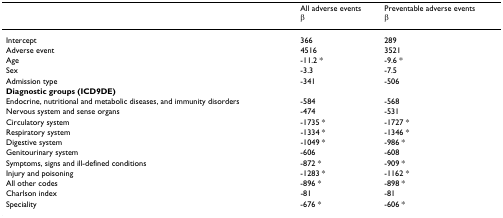
<table><thead><tr><td></td><td><b>All adverse eventsβ</b></td><td><b>Preventable adverse eventsβ</b></td></tr></thead><tbody><tr><td>Intercept</td><td>366</td><td>289</td></tr><tr><td>Adverse event</td><td>4516</td><td>3521</td></tr><tr><td>Age</td><td>-11.2 *</td><td>-9.6 *</td></tr><tr><td>Sex</td><td>-3.3</td><td>-7.5</td></tr><tr><td>Admission type</td><td>-341</td><td>-506</td></tr><tr><td><b>Diagnostic groups (ICD9DE)</b></td><td></td><td></td></tr><tr><td>Endocrine, nutritional and metabolic diseases, and immunity disorders</td><td>-584</td><td>-568</td></tr><tr><td>Nervous system and sense organs</td><td>-474</td><td>-531</td></tr><tr><td>Circulatory system</td><td>-1735 *</td><td>-1727 *</td></tr><tr><td>Respiratory system</td><td>-1334 *</td><td>-1346 *</td></tr><tr><td>Digestive system</td><td>-1049 *</td><td>-986 *</td></tr><tr><td>Genitourinary system</td><td>-606</td><td>-608</td></tr><tr><td>Symptoms, signs and ill-defined conditions</td><td>-872 *</td><td>-909 *</td></tr><tr><td>Injury and poisoning</td><td>-1283 *</td><td>-1162 *</td></tr><tr><td>All other codes</td><td>-896 *</td><td>-898 *</td></tr><tr><td>Charlson index</td><td>-81</td><td>-81</td></tr><tr><td>Speciality</td><td>-676 *</td><td>-606 *</td></tr></tbody></table>